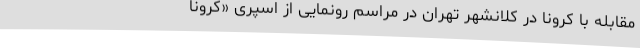
مقابله با کرونا در کلانشهر تهران در مراسم رونمایی از اسپری «کرونا